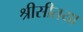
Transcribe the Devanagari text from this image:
श्रीसीतया